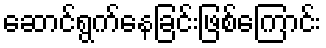
ဆောင်ရွက်နေခြင်းဖြစ်ကြောင်း